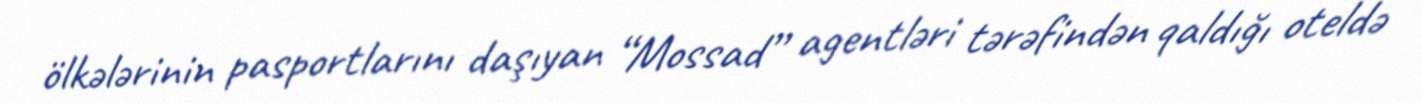
ölkələrinin pasportlarını daşıyan “Mossad” agentləri tərəfindən qaldığı oteldə